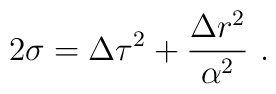
2\sigma=\Delta\tau^2+\frac{\Delta r^2}{\alpha^2} \ .